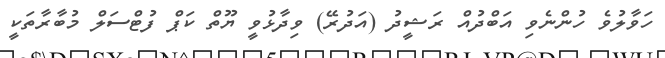
ހަވާލުވެ ހުންނެވި އަބްދުއް ރަޝީދު (އަދުރޭ) ވިދާޅުވީ ޔޫތް ކަޕް ފުޓްސަލް މުބާރާތަކީ